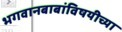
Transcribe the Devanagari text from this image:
भगवानबाबांविषयीच्या